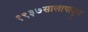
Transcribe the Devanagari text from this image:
१९३७सालापासून